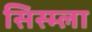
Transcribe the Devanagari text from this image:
सिस्म्ला